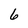
Character: 6